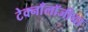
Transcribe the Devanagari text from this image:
टेक्नाँलॉजीचा